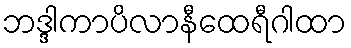
ဘဒ္ဒါကာပိလာနီထေရီဂါထာ